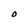
Character: O